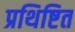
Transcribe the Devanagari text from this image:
प्रथिष्टित